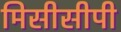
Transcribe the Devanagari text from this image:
मिसीसीपी